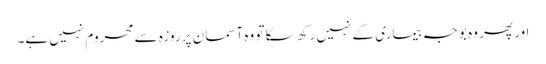
اور پھر وہ بوجہ بیماری کے نہیں رکھ سکا تو وہ آسمان پر روزہ سے محروم نہیں ہے۔